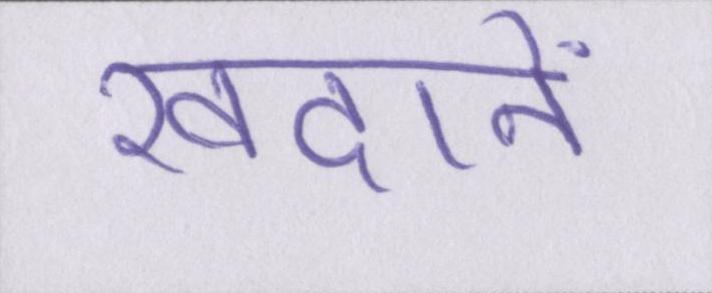
खदानें